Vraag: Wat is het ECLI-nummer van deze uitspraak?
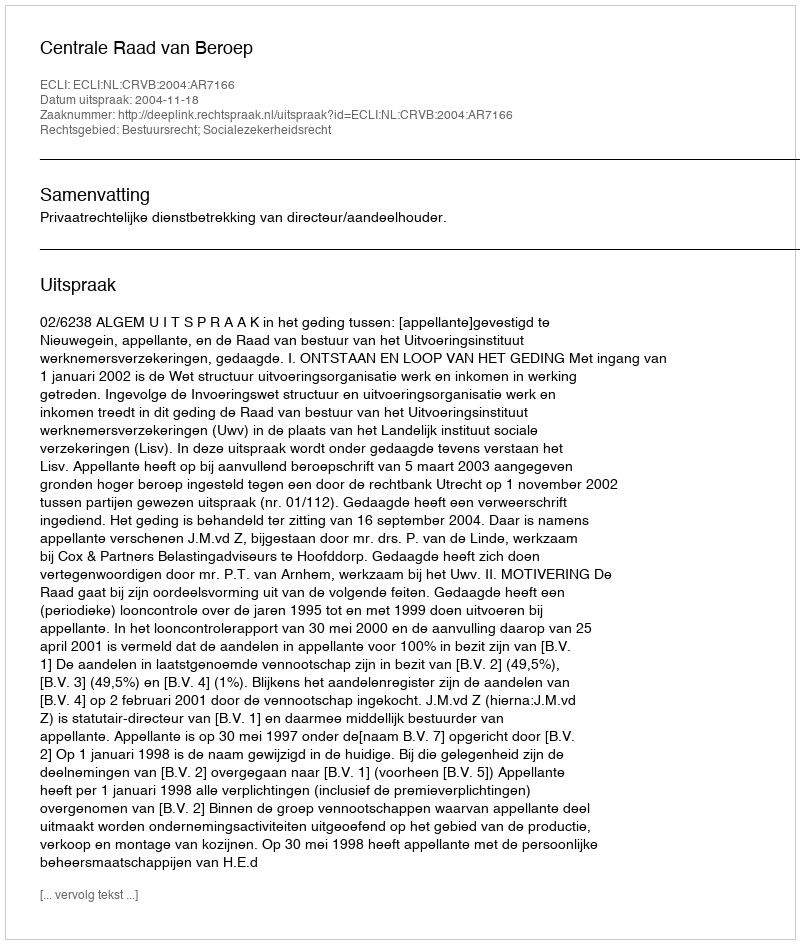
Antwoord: ECLI:NL:CRVB:2004:AR7166